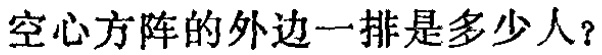
空心方阵的外边一排是多少人？